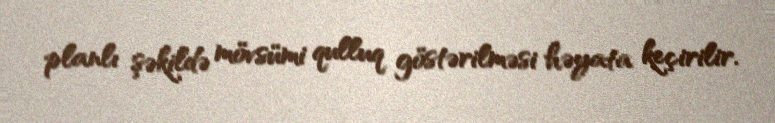
planlı şəkildə mövsümi qulluq göstərilməsi həyata keçirilir.